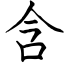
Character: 含